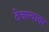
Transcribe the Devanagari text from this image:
ठेचल्यावर